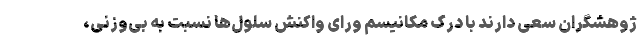
ژوهشگران سعی دارند با درک مکانیسم ورای واکنش سلول‌ها نسبت به بی‌وزنی،